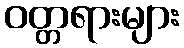
ဝတ္တရားများ